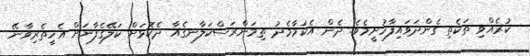
ކުރެއްވި ތަކެތި ގެންދަވައިފާހުށީމެވެ. ދެން އެކަމާމެދު ތިމަންރަސްކަލާނގެއާ ދެކޮޅަށް ކަލޭގެފާނަށް އެހީތެރިވާނޭ